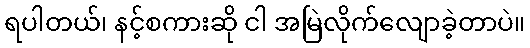
ရပါတယ်၊ နင့်စကားဆို ငါ အမြဲလိုက်လျောခဲ့တာပဲ။